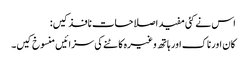
اس نے کئی مفید اصلاحات نافذ کیں:
کان اور ناک اور ہاتھ وغیرہ کاٹنے کی سزائیں منسوخ کیں۔